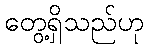
တွေ့ရှိသည်ဟု